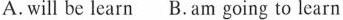
A.will be learn B.Am going to learn